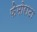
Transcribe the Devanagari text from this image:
फेमोराटा